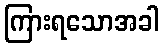
ကြားရသောအခါ